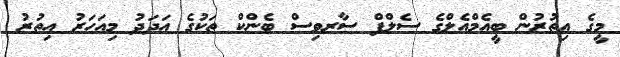
މީގެ އިތުރުން ބީއެމްއެލްގެ ސެލްފް ސާރވިސް ބެންކް ތަކުގެ އަދަދު މިއަހަރު އިތުރު